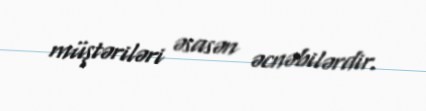
müştəriləri əsasən əcnəbilərdir.